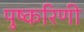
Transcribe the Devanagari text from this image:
पुष्‍करिणी